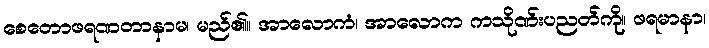
စေတောဖရဏတာနာမ၊ မည်၏။ အာလောကံ၊ အာလောက ကသိုဏ်းပညတ်ကို။ ဖရမာနာ၊